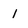
Character: 1